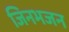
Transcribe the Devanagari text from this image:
जिनभजन